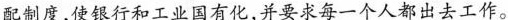
配制度，使银行和工业国有化，并要求每一个人都出去工作。